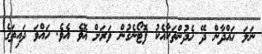
ނަލަ ހައްދާން ދޭ ހެދުންތަކާއެކު ފޮޓޯނެގުން ވަރަށް އޮވެ އެވެ. ހައްވަ ދައިތަގެ